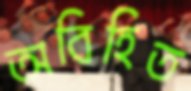
অবিহিত